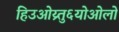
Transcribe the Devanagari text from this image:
हिउओय्र्तु६योओलो